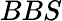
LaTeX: BBS